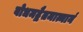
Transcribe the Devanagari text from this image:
बोधमद्वैतमात्मानं